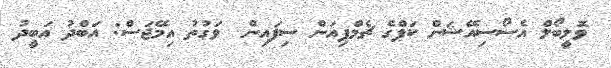
ވޮލީބޯލް އެސޯސިއޭޝަން ކަޕްގެ ޗެމްޕިއަން ސިފައިން  ވަގުތު އިމޭޖަސް: އަބްދު އަބީދު